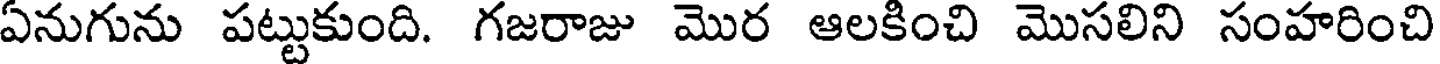
ఏనుగును పట్టుకుంది. గజరాజు మొర ఆలకించి మొసలిని సంహరించి